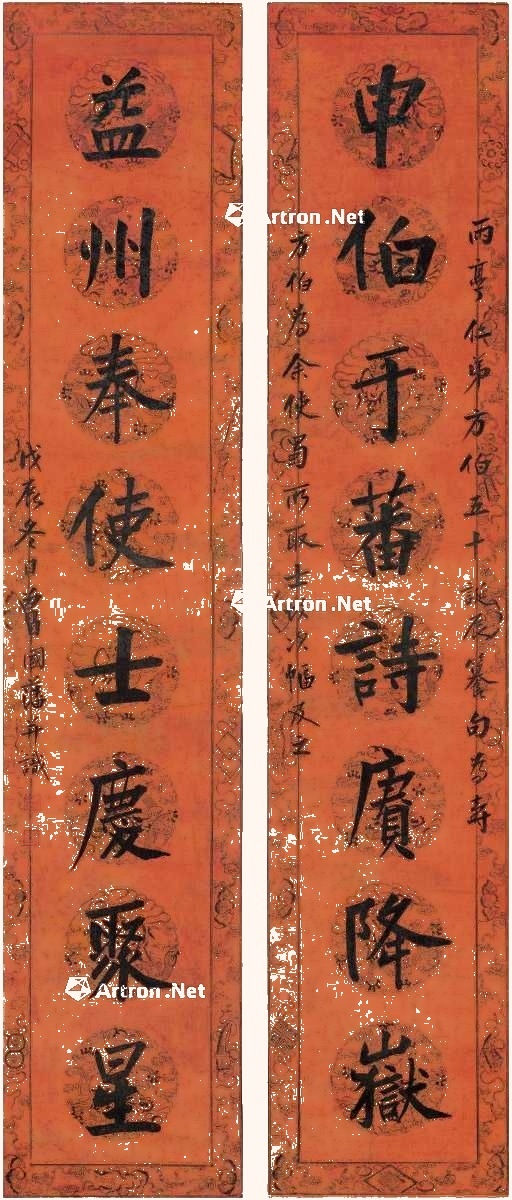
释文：申伯于蕃诗赓降岳，益州奉使士庆聚星。雨亭仁弟方伯五十诞辰籑句为寿，方伯为余使蜀所取士故次幅及之，戊辰冬日，曾国藩并识。